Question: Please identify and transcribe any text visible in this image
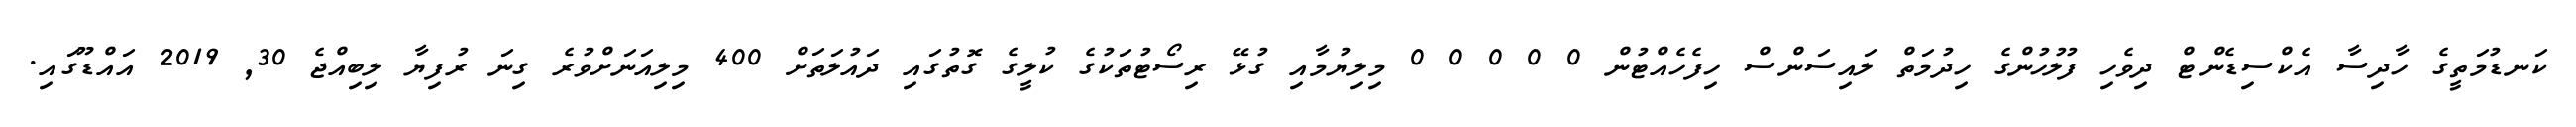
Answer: ކަނޑުމަތީގެ ހާދިސާ އެކްސިޑެންޓް ދިވެހި ފުލުހުންގެ ހިދުމަތް ލައިސަންސް ހިފެހެއްޓުން 0 0 0 0 0 މިލިޔުމާއި ގުޅޭ ރިސޯޓުތަކުގެ ކުލީގެ ގޮތުގައި ދައުލަތަށް 400 މިލިއަނަށްވުރެ ގިނަ ރުފިޔާ ލިބިއްޖެ 30, 2019 އައްޑޫގައި.